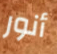
أنور